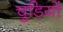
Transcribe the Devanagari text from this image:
चुडियों